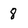
Character: 8